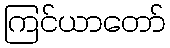
ကြင်ယာတော်